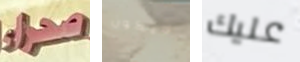
صحراء لايكون عليك